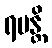
ရမန္တိ